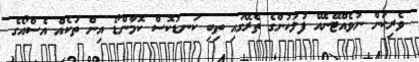
ވެރިކަން ނުވެއްޓޭނެއޭ ފުލުހުންގެ ތެރޭގައި ތިބި ކަނޑުކޮސް ކޮމާންޑޯ އިން ތަކެއް އެސްއޯގެ